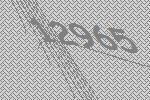
12965